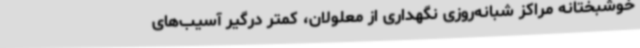
خوشبختانه مراکز شبانه‌روزی نگهداری از معلولان، کمتر درگیر آسیب‌های